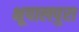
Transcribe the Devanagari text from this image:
भूपालपुरा